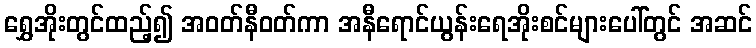
ရွှေအိုးတွင်ထည့်၍ အဝတ်နီဝတ်ကာ အနီရောင်ယွန်းရေအိုးစင်များပေါ်တွင် အဆင်